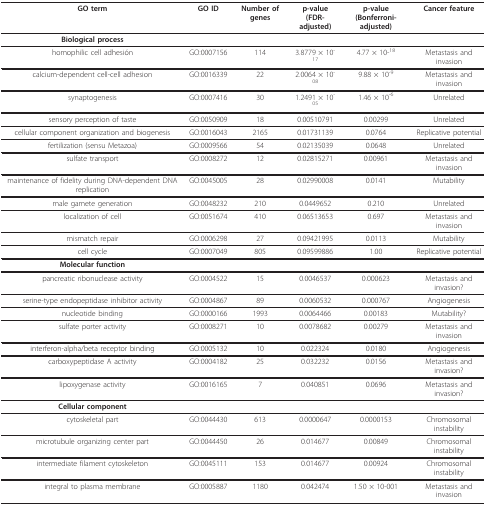
<table><thead><tr><td><b>GO term</b></td><td><b>GO ID</b></td><td><b>Number of genes</b></td><td><b>p-value(FDR-adjusted)</b></td><td><b>p-value(Bonferroni-adjusted)</b></td><td><b>Cancer feature</b></td></tr></thead><tbody><tr><td><b>Biological process</b></td><td>[EMPTY_CELL]</td><td>[EMPTY_CELL]</td><td>[EMPTY_CELL]</td><td>[EMPTY_CELL]</td><td>[EMPTY_CELL]</td></tr><tr><td>homophilic cell adhesión</td><td>GO:0007156</td><td>114</td><td>3.8779 × 10<sup>-17</sup></td><td>4.77 × 10-<sup>18</sup></td><td>Metastasis and invasion</td></tr><tr><td>calcium-dependent cell-cell adhesion</td><td>GO:0016339</td><td>22</td><td>2.0064 × 10<sup>-08</sup></td><td>9.88 × 10<sup>-9</sup></td><td>Metastasis and invasion</td></tr><tr><td>synaptogenesis</td><td>GO:0007416</td><td>30</td><td>1.2491 × 10<sup>-05</sup></td><td>1.46 × 10<sup>-6</sup></td><td>Unrelated</td></tr><tr><td>sensory perception of taste</td><td>GO:0050909</td><td>18</td><td>0.00510791</td><td>0.00299</td><td>Unrelated</td></tr><tr><td>cellular component organization and biogenesis</td><td>GO:0016043</td><td>2165</td><td>0.01731139</td><td>0.0764</td><td>Replicative potential</td></tr><tr><td>fertilization (sensu Metazoa)</td><td>GO:0009566</td><td>54</td><td>0.02135039</td><td>0.0648</td><td>Unrelated</td></tr><tr><td>sulfate transport</td><td>GO:0008272</td><td>12</td><td>0.02815271</td><td>0.00961</td><td>Metastasis and invasion</td></tr><tr><td>maintenance of fidelity during DNA-dependent DNA replication</td><td>GO:0045005</td><td>28</td><td>0.02990008</td><td>0.0141</td><td>Mutability</td></tr><tr><td>male gamete generation</td><td>GO:0048232</td><td>210</td><td>0.0449652</td><td>0.210</td><td>Unrelated</td></tr><tr><td>localization of cell</td><td>GO:0051674</td><td>410</td><td>0.06513653</td><td>0.697</td><td>Metastasis and invasion</td></tr><tr><td>mismatch repair</td><td>GO:0006298</td><td>27</td><td>0.09421995</td><td>0.0113</td><td>Mutability</td></tr><tr><td>cell cycle</td><td>GO:0007049</td><td>805</td><td>0.09599886</td><td>1.00</td><td>Replicative potential</td></tr><tr><td><b>Molecular function</b></td><td>[EMPTY_CELL]</td><td>[EMPTY_CELL]</td><td>[EMPTY_CELL]</td><td>[EMPTY_CELL]</td><td>[EMPTY_CELL]</td></tr><tr><td>pancreatic ribonuclease activity</td><td>GO:0004522</td><td>15</td><td>0.0046537</td><td>0.000623</td><td>Metastasis and invasion?</td></tr><tr><td>serine-type endopeptidase inhibitor activity</td><td>GO:0004867</td><td>89</td><td>0.0060532</td><td>0.000767</td><td>Angiogenesis</td></tr><tr><td>nucleotide binding</td><td>GO:0000166</td><td>1993</td><td>0.0064466</td><td>0.00183</td><td>Mutability?</td></tr><tr><td>sulfate porter activity</td><td>GO:0008271</td><td>10</td><td>0.0078682</td><td>0.00279</td><td>Metastasis and invasion</td></tr><tr><td>interferon-alpha/beta receptor binding</td><td>GO:0005132</td><td>10</td><td>0.022324</td><td>0.0180</td><td>Angiogenesis</td></tr><tr><td>carboxypeptidase A activity</td><td>GO:0004182</td><td>25</td><td>0.032232</td><td>0.0156</td><td>Metastasis and invasion?</td></tr><tr><td>lipoxygenase activity</td><td>GO:0016165</td><td>7</td><td>0.040851</td><td>0.0696</td><td>Metastasis and invasion?</td></tr><tr><td><b>Cellular component</b></td><td>[EMPTY_CELL]</td><td>[EMPTY_CELL]</td><td>[EMPTY_CELL]</td><td>[EMPTY_CELL]</td><td>[EMPTY_CELL]</td></tr><tr><td>cytoskeletal part</td><td>GO:0044430</td><td>613</td><td>0.0000647</td><td>0.0000153</td><td>Chromosomal instability</td></tr><tr><td>microtubule organizing center part</td><td>GO:0044450</td><td>26</td><td>0.014677</td><td>0.00849</td><td>Chromosomal instability</td></tr><tr><td>intermediate filament cytoskeleton</td><td>GO:0045111</td><td>153</td><td>0.014677</td><td>0.00924</td><td>Chromosomal instability</td></tr><tr><td>integral to plasma membrane</td><td>GO:0005887</td><td>1180</td><td>0.042474</td><td>1.50 × 10-001</td><td>Metastasis and invasion</td></tr></tbody></table>